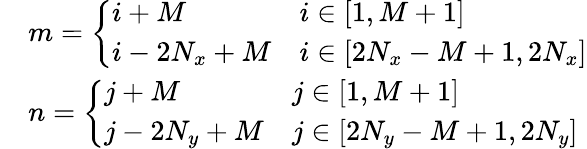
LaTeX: \begin{array}{rl}&{m=\left\{ \begin{array}{ll}{i+M}&{i\in[1,M+1]}\\ {i-2N_{x}+M}&{i\in[2N_{x}-M+1,2N_{x}]}\end{array}\right.}\\ &{n=\left\{ \begin{array}{ll}{j+M}&{j\in[1,M+1]}\\ {j-2N_{y}+M}&{j\in[2N_{y}-M+1,2N_{y}]}\end{array}\right.}\end{array}